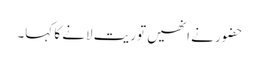
حضور نے انھیں توریت لانے کا کہا۔